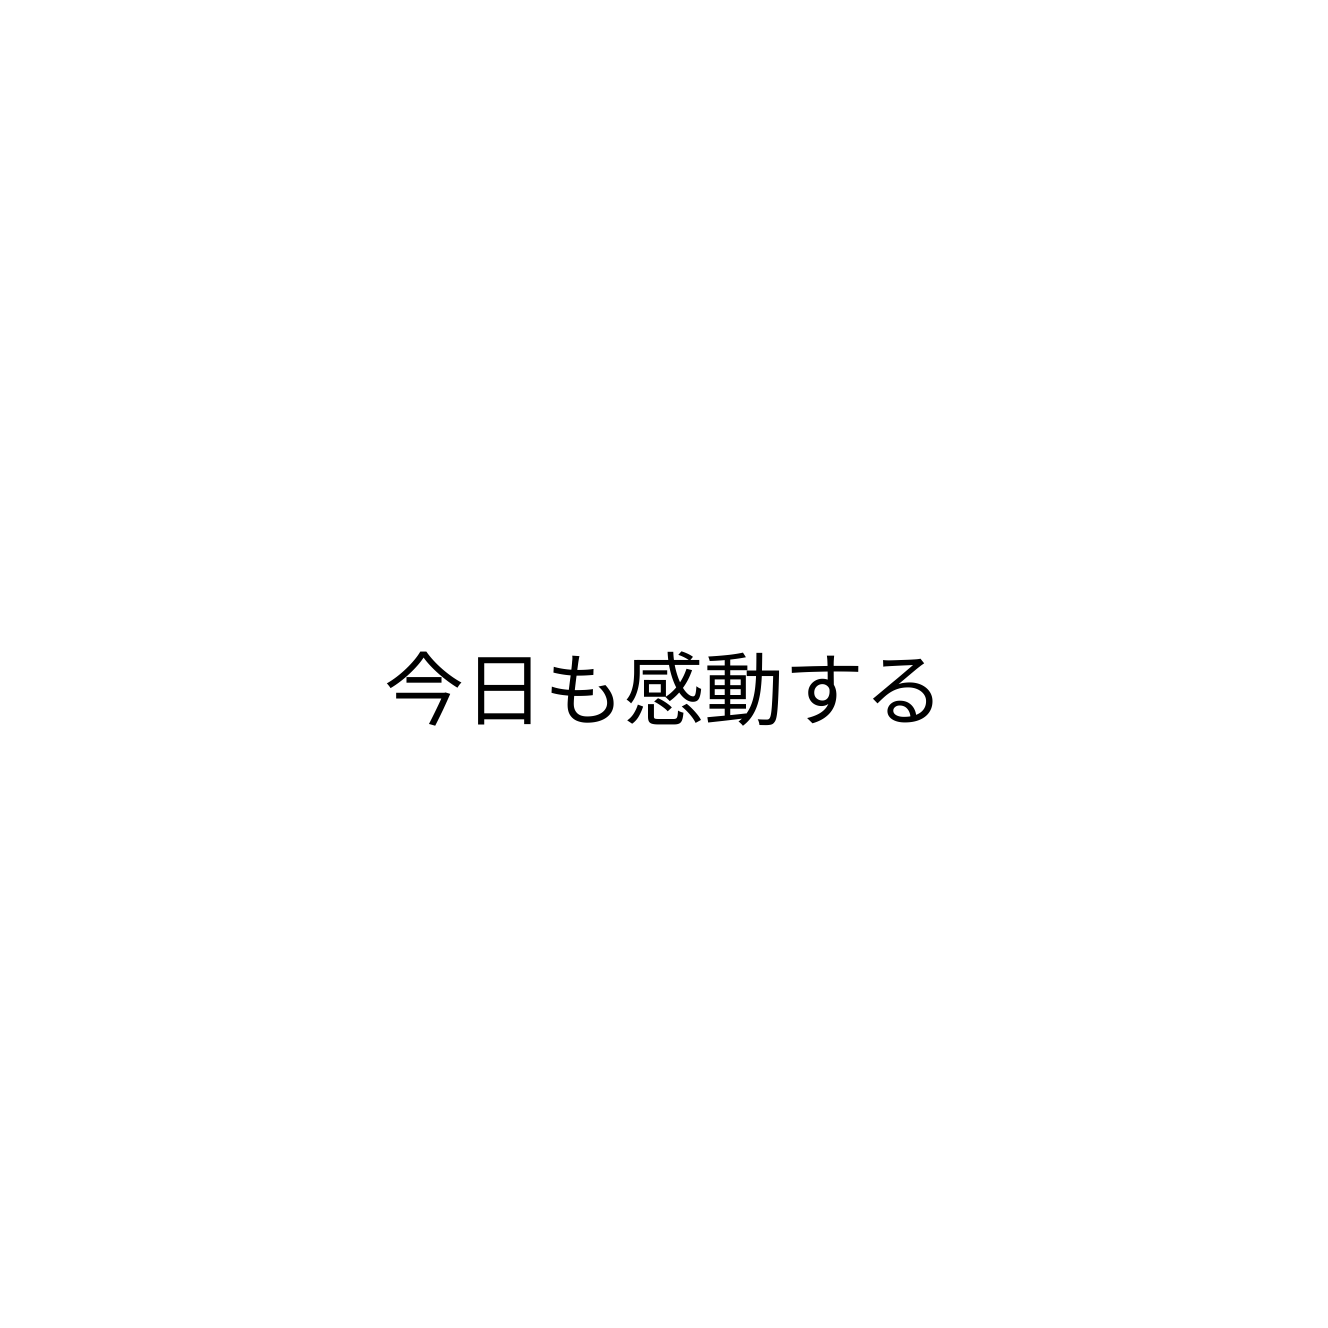
今日も感動する